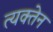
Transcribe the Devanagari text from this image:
त्यक्तेन